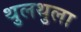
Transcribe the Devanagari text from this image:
थुलथुला